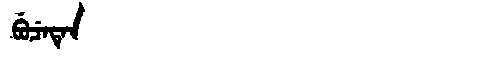
Manchu: ᠪᡠᠴᡝᡨᡝᠨ
Romanization: BUCETEN